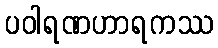
ပဝါရဏဟာရကဿ